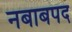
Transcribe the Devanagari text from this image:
नबाबपद